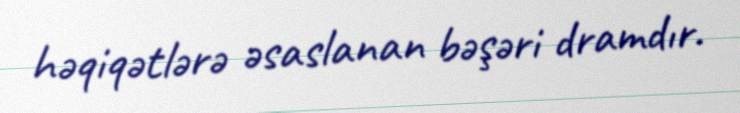
həqiqətlərə əsaslanan bəşəri dramdır.